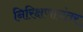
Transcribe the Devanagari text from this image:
निरिक्षणानंतर